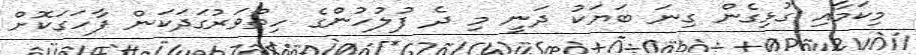
މިކަމާއި ގުޅިގެން ގިނަ ބަޔަކު ދަނީ މި ދެ ފުލުހުންގެ ހިތްވަރުގަދަކަން ފާހަގަކޮށް